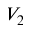
V _ { 2 }